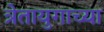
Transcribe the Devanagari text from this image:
त्रेतायुगाच्या